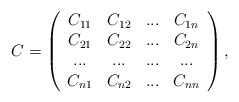
\begin{align*}C=\left(\begin{array}{cccc}C_{11} & C_{12} & ... & C_{1n}\\C_{21} & C_{22} & ... & C_{2n}\\... & ... & ... & ...\\C_{n1} & C_{n2} & ... & C_{nn}\end{array}\right),\end{align*}